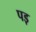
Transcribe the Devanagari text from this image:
पड़़